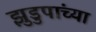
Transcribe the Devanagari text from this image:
झुडुपांच्या